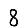
Digit: 8